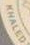
KHALED